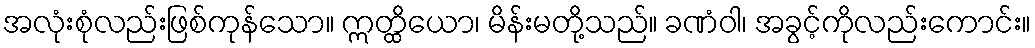
အလုံးစုံလည်းဖြစ်ကုန်သော။ ဣတ္ထိယော၊ မိန်းမတို့သည်။ ခဏံဝါ၊ အခွင့်ကိုလည်းကောင်း။